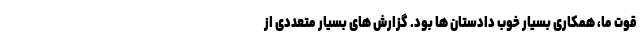
قوت ما، همکاری بسیار خوب دادستان ها بود. گزارش های بسیار متعددی از